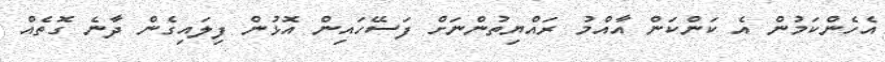
އެހެންކަމުން އެ ކަންކަން އާއްމު ރައްޔިތުންނަށް ފަސޭހައިން އޮޅުން ފިލައިގެން ދާނެ ގޮތެއް